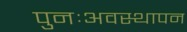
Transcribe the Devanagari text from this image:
पुनःअवस्थापन